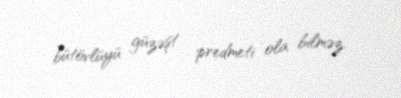
bütövlüyü güzəşt predmeti ola bilməz.